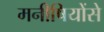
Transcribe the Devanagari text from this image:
मनीषियोंसे